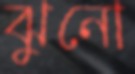
ঝুনো